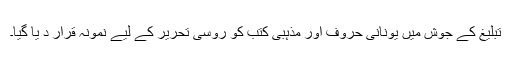
تبلیغ کے جوش میں یونانی حروف اور مذہبی کتب کو روسی تحریر کے لیے نمونہ قرار د یا گیا۔